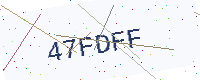
Text: 47FDFF